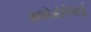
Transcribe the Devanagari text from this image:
आयोओनियाई